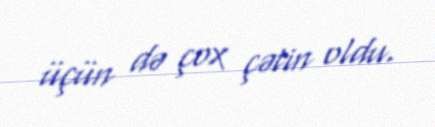
üçün də çox çətin oldu.